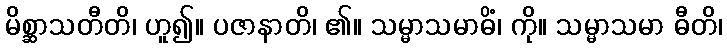
မိစ္ဆာသတီတိ၊ ဟူ၍။ ပဇာနာတိ၊ ၏။ သမ္မာသမာဓိံ၊ ကို။ သမ္မာသမာ ဓီတိ၊